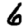
Digit: 6